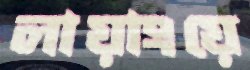
লায়াংয়ে